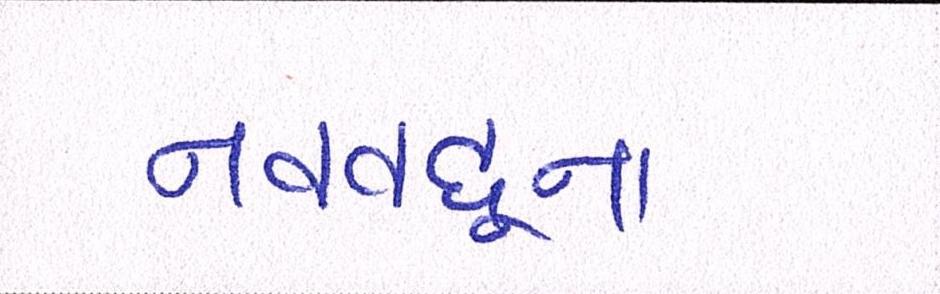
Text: નવવધૂના